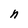
Character: n